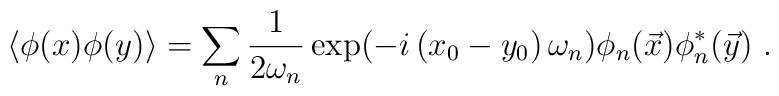
\left\langle \phi (x)\phi (y)\right\rangle =\sum_{n}\frac{1}{2\omega _{n}}\exp (-i\left( x_{0}-y_{0}\right) \omega _{n})\phi _{n}(\vec{x})\phi_{n}^{*}(\vec{y})\ .